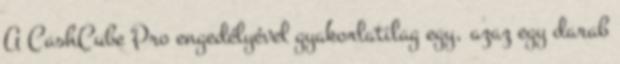
A CashCube Pro engedélyével gyakorlatilag egy, azaz egy darab